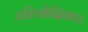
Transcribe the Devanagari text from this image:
परिच्छेदिका।